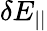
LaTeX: \delta E_{||}